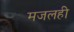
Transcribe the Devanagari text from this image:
मजलही